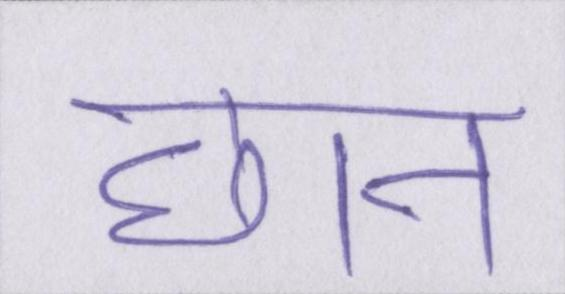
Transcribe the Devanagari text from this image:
छान